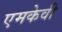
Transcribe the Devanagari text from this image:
एमकेवी